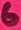
Text: 6